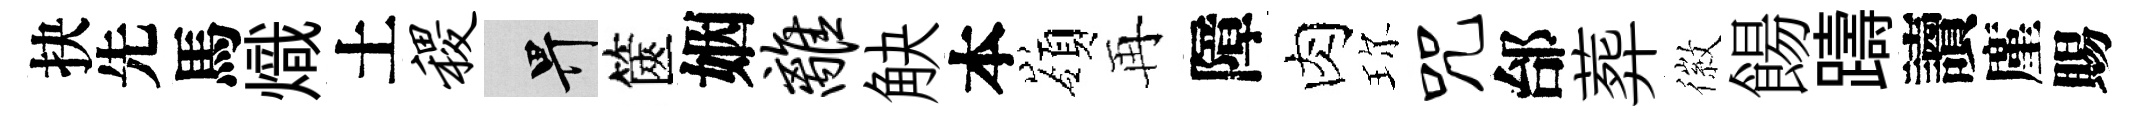
抉先馬熾土稷畀篋姻离觖本嶺再障肉珎咒邰葬徽餳躊讀廑賜